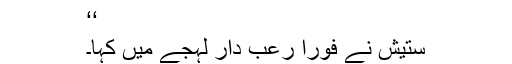
‘‘
ستیش نے فوراً رُعب دار لہجے میں کہا۔